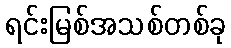
ရင်းမြစ်အသစ်တစ်ခု